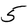
Character: 5